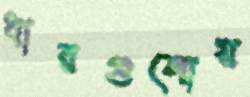
ধারগুলোয়